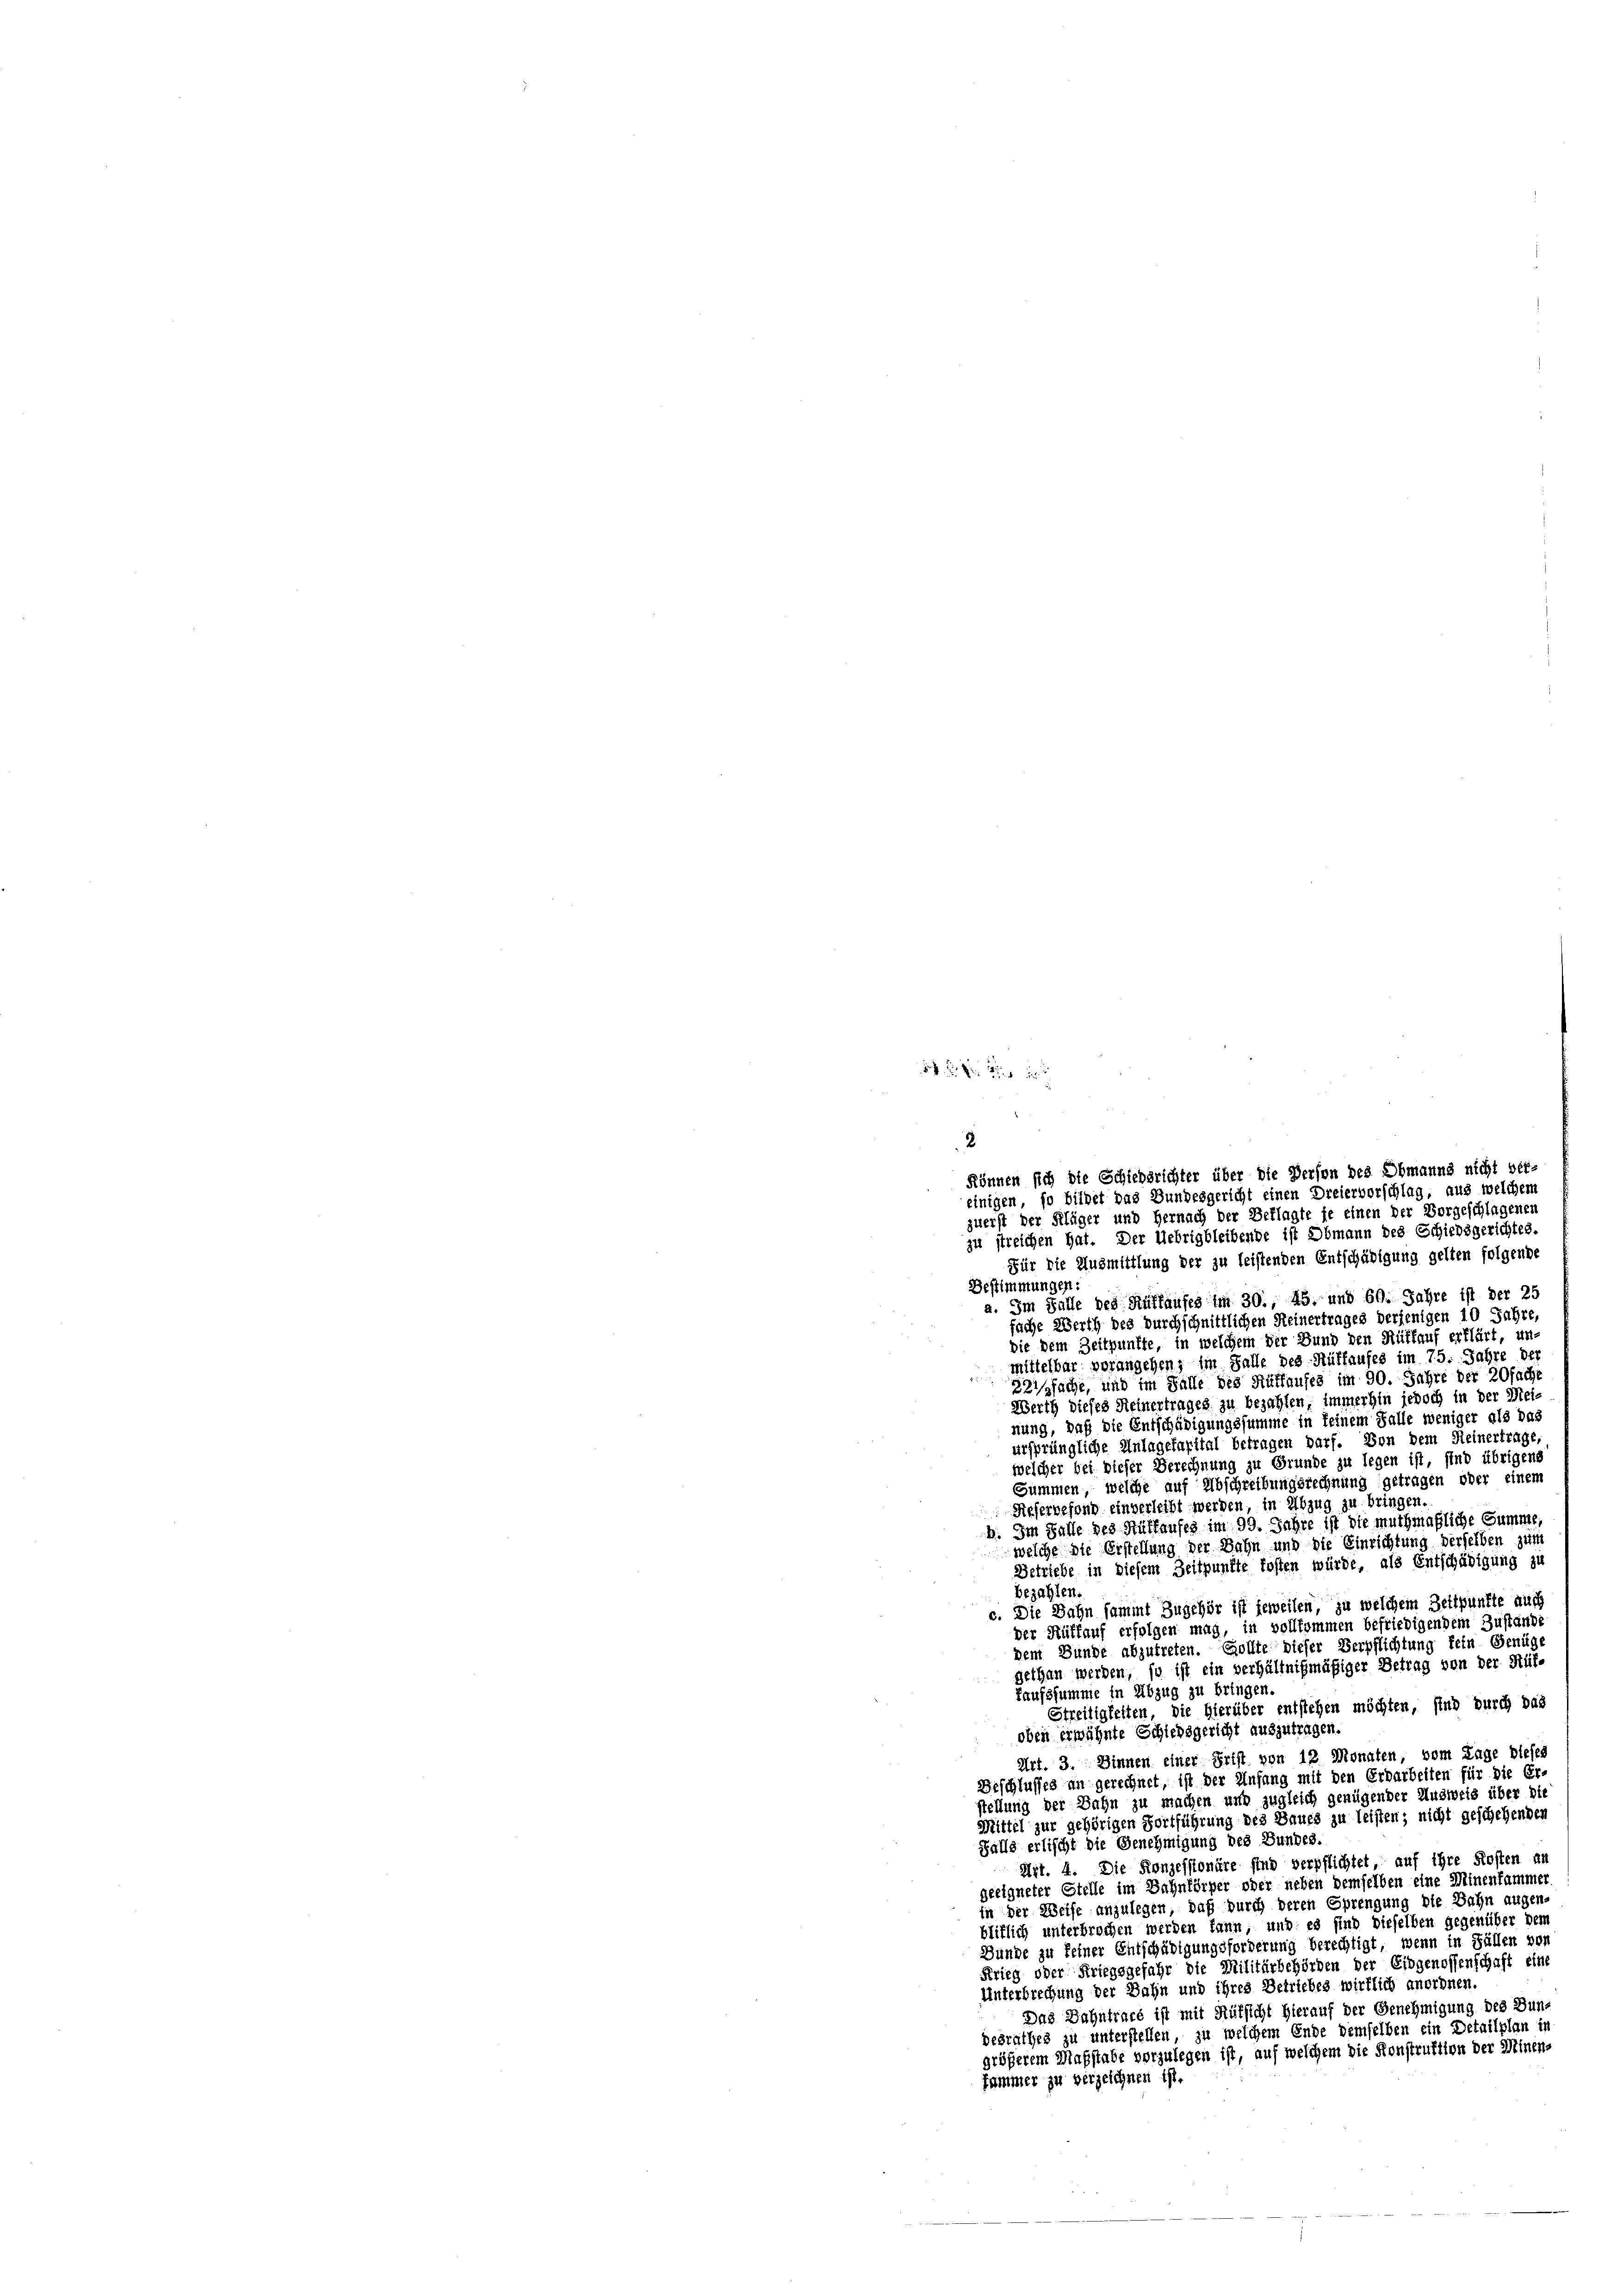
zu streichen hat. Der Uebrigbleibende ist Obmann des Schiedsgerichtes.
Für die Ausmittlung der zu leistenden Entschädigung gelten folgende
Bestimmungen:
a. Im Falle des Auflaufes im 30., 45. und 60. Jahre ist der 25
fache Werth des durchschnittlichen Heinertrages derjenigen 10 Jahre,
die dem Zeitpunkte, in welchem der Bund den Auflauf erklärt, un
mittelbar vorangehen; im Falle des Rüffaufes im 75. Jahre der
BZissache, und im Falle des Rütlaufes im 90. Jahre der 20fach,
Werth dieses Reinertrages zu bezahlen, immerhin jedoch in der Mei-
nung, daß die Entschädigungssumme in keinem Falle weniger als das
ursprüngliche Anlagefapital betragen darf. Von dem Reinertrage,
welcher bei dieser Berechnung zu Grunde zu legen ist, sind übrigens
Summen, welche auf Abschreibungsrechnung getragen oder einem
Refervefond einverleibt werden, in Abzug zu bringen,
b. Im Falle des Mülhauses im 99. Jahre ist die muthmaßliche Summe
welche die Erstellung der Bahn und die Einrichtung derselben zum
Betriebe in diesem Zeitpunkte kosten würde, als Entschädigung zu
bezahlen.
c. Die Bahn sammt Zugehör ist jeweilen, zu welchem Bettpunkte auch
der Hülfauf erfolgen mag, in vollkommen befriedigendem Zustände
dem Bunde abzutreten. Gollte dieser Verpflichtung fein Genüge
gethan werden, so ist ein verhältnißmäßiger Betrag von der Hüt-
Kaufssumme in Abzug zu bringen.
Streitigkeiten, die Hierüber entstehen möchten, sind durch das
oben erwähnte Schiedsgericht auszutragen.
Art. 3. Sinnen einer Frist von 12 Monaten, vom Tage blefes
Beschlusses an gerechnet, ist der Anfang mit den Erdarbeiten für die Er-
stellung der Bahn zu machen und zugleich genügender Ausweis über die
Mittel zur gehörigen Fortführung des Baues zu leisten; nicht geschehenden
Falls erlischt die Genehmigung des Bundes,
Mit. 4. Die Konzessionäre sind verpflichtet, auf ihre Kosten an
geeigneter Stelle im Bahnförper oder neben demselben eine Minenfammer
in der Weise anzulegen, daß durch deren Sprengung die Bahn augen-
bliflich unterbrochen werden kann, und es sind dieselben gegenüber dem
Bunde zu seiner Entschädigungsforderung berechtigt, wenn in Fällen vo
Krieg oder Kriegsgefahr die Militärbehörden der Eidgenossenschaft eine
Unterbrechung der Jahn und ihres Betriebes wirklich anordnen.
Das Dahntrare ist mit Rüksicht hierauf der Genehmigung des Bundesrathes zu unterstellen, zu welchem Ende demselben ein Detailplan in
größerem Maßstabe vorzulegen ist, auf welchem die Konstruktion der Minens
fammer zu verzeichnen ist.

2
können sich die Schiedsrichter über die Person des Obmanns nicht ver-
einigen, so bildet das Bundesgericht einen Dreiervorschlag, aus welchem
zuerst der Kläger und Hernach der Beklagte je einen der Vorgeschlagenen